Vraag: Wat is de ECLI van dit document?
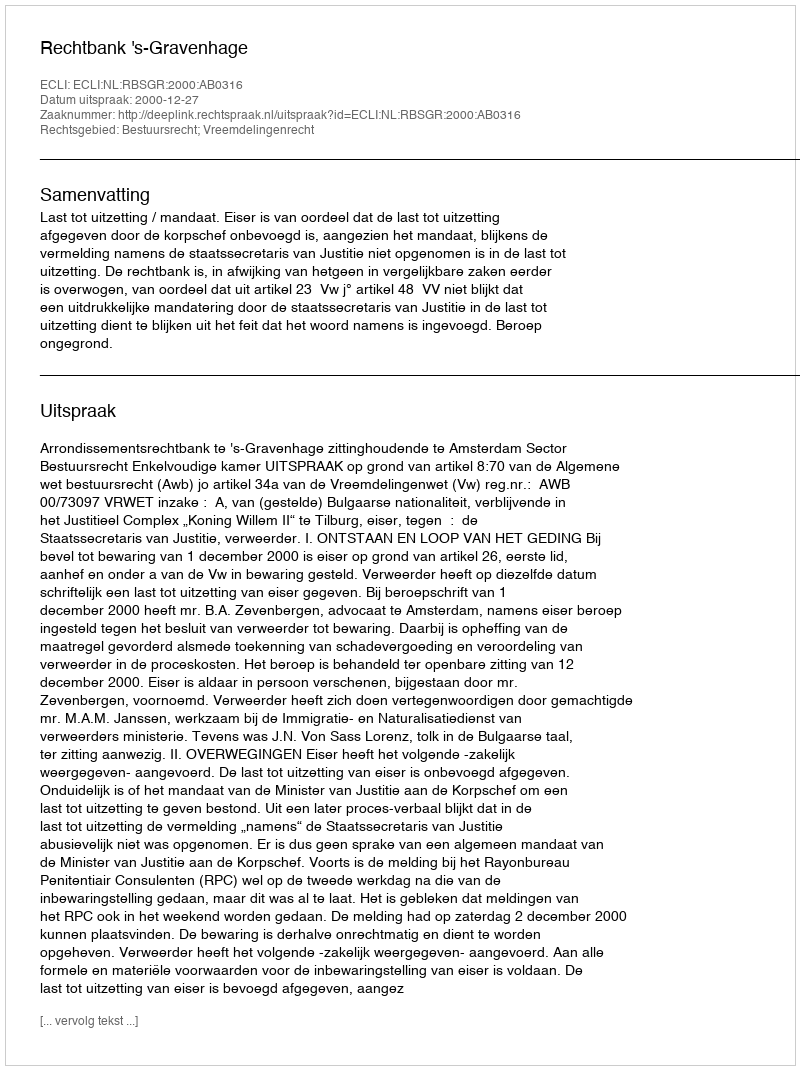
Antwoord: ECLI:NL:RBSGR:2000:AB0316